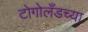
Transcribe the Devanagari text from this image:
टोगोलँडच्या